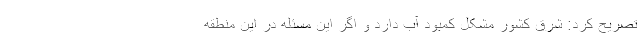
تصریح کرد: شرق کشور مشکل کمبود آب دارد و اگر این مسئله در این منطقه